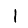
Digit: 1